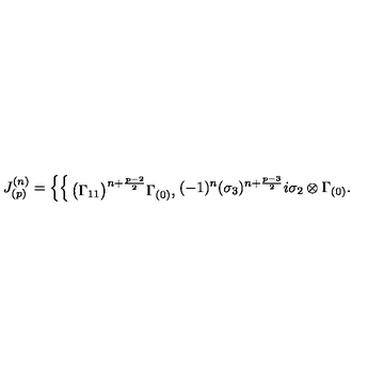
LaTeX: J _ { ( p ) } ^ { ( n ) } = \left\{ \begin{cases} { \big ( \Gamma _ { 1 1 } \big ) ^ { n + { \frac { p - 2 } { 2 } } } \Gamma _ { ( 0 ) } , } \\ { ( - 1 ) ^ { n } ( \sigma _ { 3 } ) ^ { n + { \frac { p - 3 } { 2 } } } i \sigma _ { 2 } \otimes \Gamma _ { ( 0 ) } . } \\ \end{cases} \right.